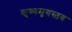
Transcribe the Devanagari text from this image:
कृष्णमृगस्तव